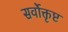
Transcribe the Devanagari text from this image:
सर्वोक्तृष्ट